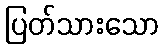
ပြတ်သားသော